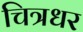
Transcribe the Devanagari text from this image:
चित्रधर